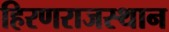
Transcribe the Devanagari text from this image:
हिरणराजस्थान